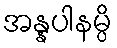
အန္နပါနမ္ပိ